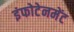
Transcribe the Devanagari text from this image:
इंफोटेनमेंट